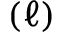
( \ell )